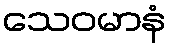
သေဝမာနံ